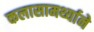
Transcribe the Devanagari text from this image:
कलासामर्थ्याने